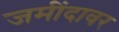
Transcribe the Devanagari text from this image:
जमींदावर